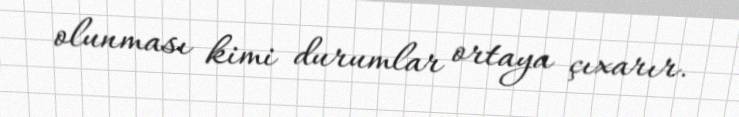
olunması kimi durumlar ortaya çıxarır.